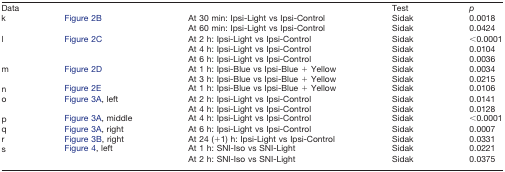
<table><thead><tr><td colspan="3"><b>Data</b></td><td><b>Test</b></td><td><b><i>p</i></b></td></tr></thead><tbody><tr><td rowspan="2">k</td><td rowspan="2">Figure 2B</td><td>At 30 min: Ipsi-Light vs Ipsi-Control</td><td>Sidak</td><td>0.0018</td></tr><tr><td>At 60 min: Ipsi-Light vs Ipsi-Control</td><td>Sidak</td><td>0.0424</td></tr><tr><td rowspan="3">l</td><td rowspan="3">Figure 2C</td><td>At 2 h: Ipsi-Light vs Ipsi-Control</td><td>Sidak</td><td>&lt;0.0001</td></tr><tr><td>At 4 h: Ipsi-Light vs Ipsi-Control</td><td>Sidak</td><td>0.0104</td></tr><tr><td>At 6 h: Ipsi-Light vs Ipsi-Control</td><td>Sidak</td><td>0.0036</td></tr><tr><td rowspan="2">m</td><td rowspan="2">Figure 2D</td><td>At 1 h: Ipsi-Blue vs Ipsi-Blue + Yellow</td><td>Sidak</td><td>0.0034</td></tr><tr><td>At 3 h: Ipsi-Blue vs Ipsi-Blue + Yellow</td><td>Sidak</td><td>0.0215</td></tr><tr><td>n</td><td>Figure 2E</td><td>At 1 h: Ipsi-Blue vs Ipsi-Blue + Yellow</td><td>Sidak</td><td>0.0106</td></tr><tr><td rowspan="2">o</td><td rowspan="2">Figure 3A, left</td><td>At 2 h: Ipsi-Light vs Ipsi-Control</td><td>Sidak</td><td>0.0141</td></tr><tr><td>At 4 h: Ipsi-Light vs Ipsi-Control</td><td>Sidak</td><td>0.0128</td></tr><tr><td>p</td><td>Figure 3A, middle</td><td>At 4 h: Ipsi-Light vs Ipsi-Control</td><td>Sidak</td><td>&lt;0.0001</td></tr><tr><td>q</td><td>Figure 3A, right</td><td>At 6 h: Ipsi-Light vs Ipsi-Control</td><td>Sidak</td><td>0.0007</td></tr><tr><td>r</td><td>Figure 3B, right</td><td>At 24 (+1) h: Ipsi-Light vs Ipsi-Control</td><td>Sidak</td><td>0.0331</td></tr><tr><td rowspan="2">s</td><td rowspan="2">Figure 4, left</td><td>At 1 h: SNI-Iso vs SNI-Light</td><td>Sidak</td><td>0.0221</td></tr><tr><td>At 2 h: SNI-Iso vs SNI-Light</td><td>Sidak</td><td>0.0375</td></tr></tbody></table>